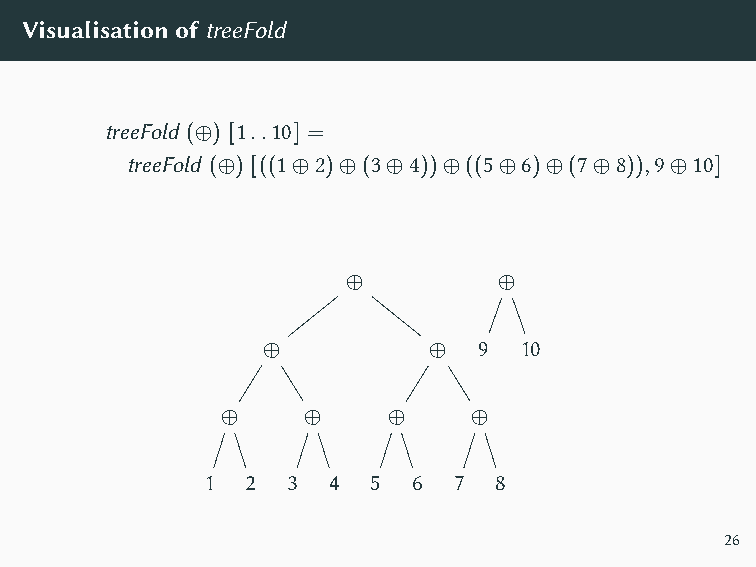
VisualisationoftreeFold
 treeFold (⊕) [1..10] =
 treeFold (⊕) [((1⊕2)⊕(3⊕4))⊕((5⊕6)⊕(7⊕8)),9⊕10]
 ⊕         ⊕
 ⊕          ⊕   9 10
 ⊕    ⊕     ⊕    ⊕
 1  2  3  4  5 6  7  8
 26